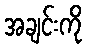
အချင်းကို